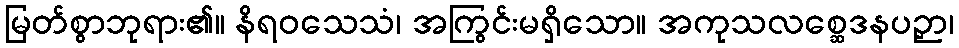
မြတ်စွာဘုရား၏။ နိရဝသေသံ၊ အကြွင်းမရှိသော။ အကုသလစ္ဆေဒနပဉှာ၊